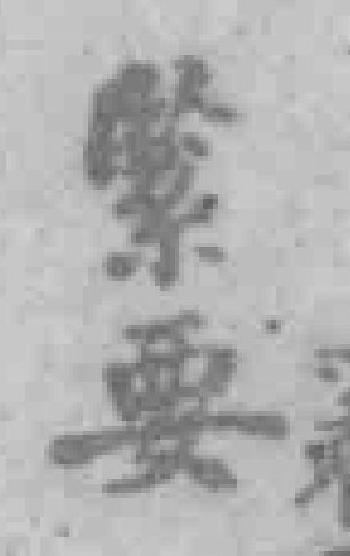
緊要